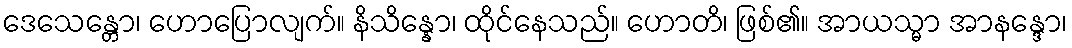
ဒေသေန္တော၊ ဟောပြောလျက်။ နိသိန္နော၊ ထိုင်နေသည်။ ဟောတိ၊ ဖြစ်၏။ အာယသ္မာ အာနန္ဒော၊